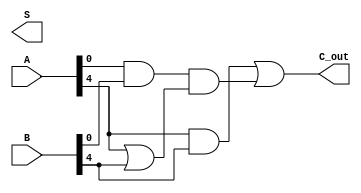
module han_carlson_adder #(parameter N = 8) (
    input  [N-1:0] A,      // First input
    input  [N-1:0] B,      // Second input
    output [N-1:0] S,      // Sum output
    output        C_out     // Carry out
);

    localparam BLOCK_SIZE = 4; // Size of each block
    localparam NUM_BLOCKS = N / BLOCK_SIZE;

    wire [BLOCK_SIZE-1:0] sum [0:NUM_BLOCKS-1];
    wire [NUM_BLOCKS-1:0] C_in, C_out_block;

    // Generate carry-in for the first block
    assign C_in[0] = 1'b0; // Initial carry-in is 0

    // Block processing
    genvar i;
    generate
        for (i = 0; i < NUM_BLOCKS; i = i + 1) begin : block
            wire [BLOCK_SIZE-1:0] A_block = A[i*BLOCK_SIZE +: BLOCK_SIZE];
            wire [BLOCK_SIZE-1:0] B_block = B[i*BLOCK_SIZE +: BLOCK_SIZE];

            // Compute sum and carry-out for each block
            assign sum[i] = A_block ^ B_block ^ C_in[i]; // Sum calculation
            assign C_out_block[i] = (A_block & B_block) | (C_in[i] & (A_block | B_block)); // Carry-out calculation

            // Carry-in for the next block
            assign C_in[i + 1] = C_out_block[i];
        end
    endgenerate

    // Final carry-out
    assign C_out = C_out_block[NUM_BLOCKS-1];

    // Concatenate sum outputs from all blocks
    assign S = {sum[NUM_BLOCKS-1], sum[NUM_BLOCKS-2], sum[NUM_BLOCKS-3], sum[NUM_BLOCKS-4]};

endmodule